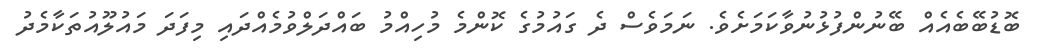
ބޮޑުބޭބެއެއް ބޭނުންފުޅުނުވާކަމަށެވެ. ނަމަވެސް ދެ ގައުމުގެ ކޮންމެ މުހިއްމު ބައްދަލްވުމެއްދައި މިފަދަ މައުލޫއުތަކާމެދު